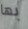
بها